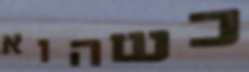
כשהוא